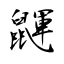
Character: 鼲